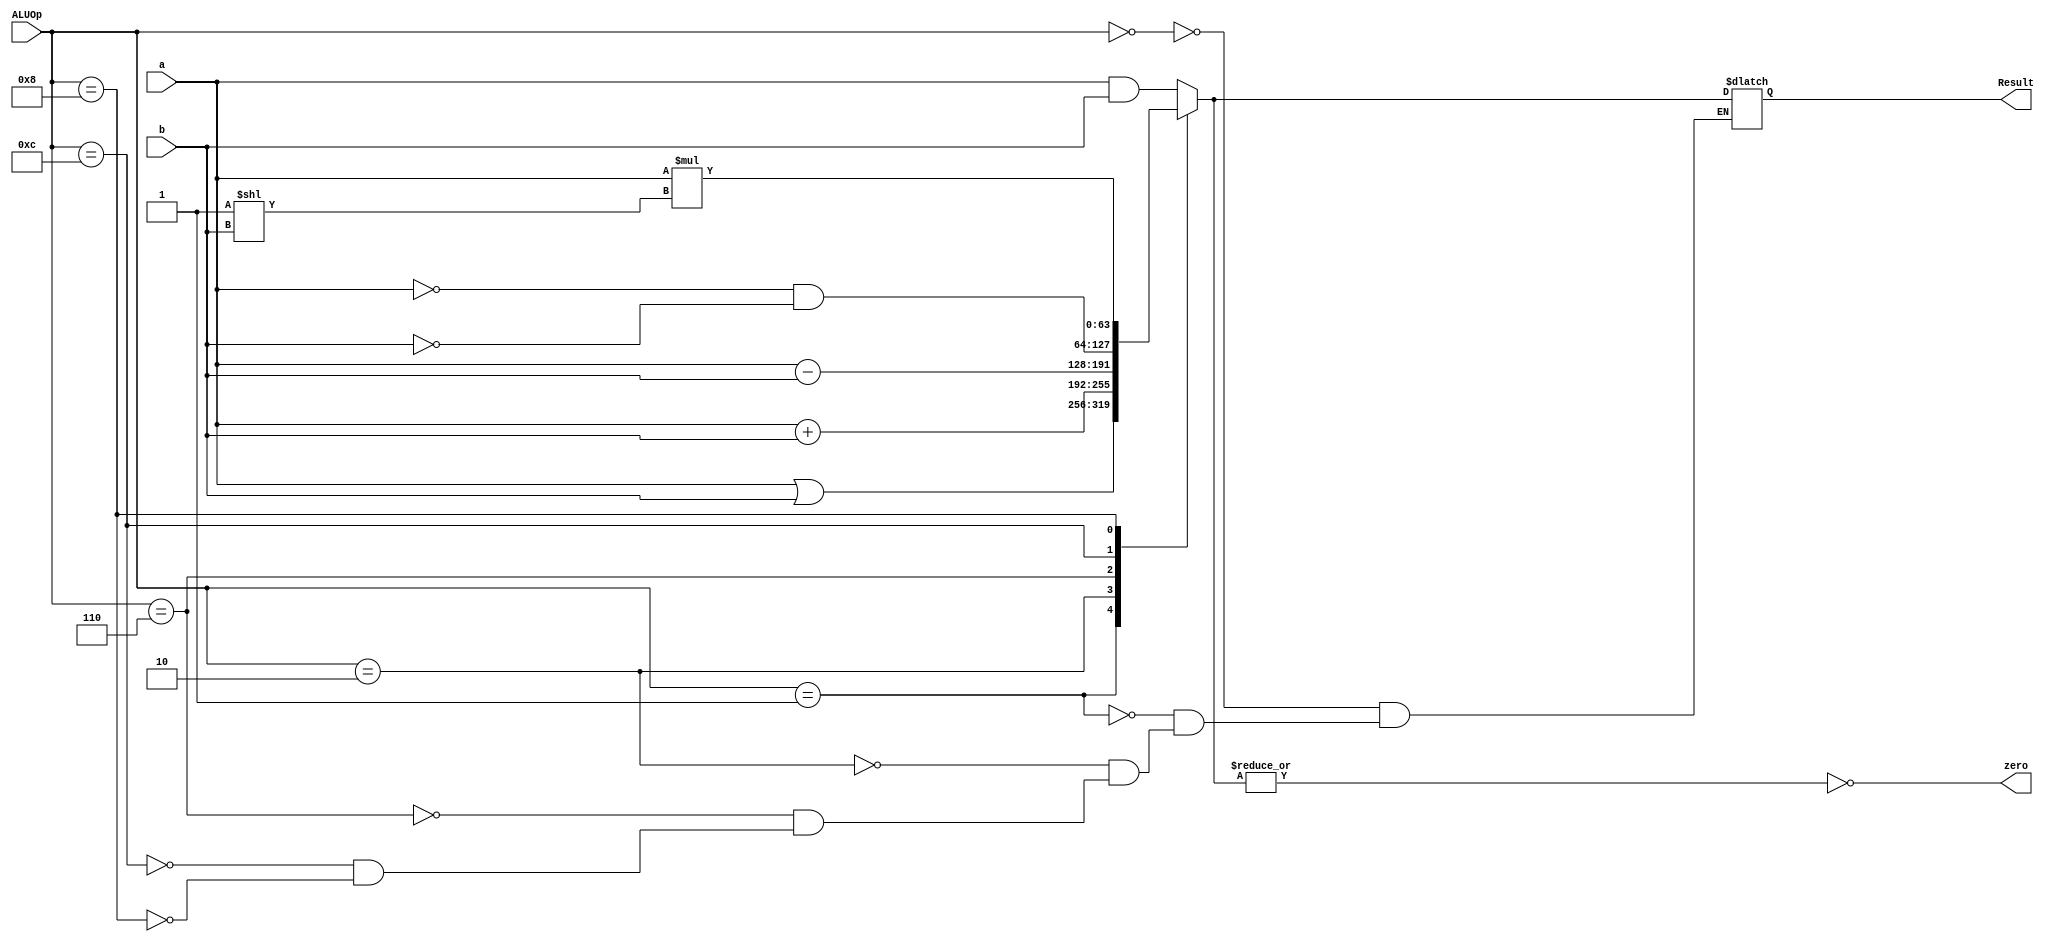
module ALU64(
 input [63:0] a,
 input [63:0] b,
 input [3:0] ALUOp,
 output reg [63:0] Result,
 output reg zero
);

always @(*)
begin
 case(ALUOp)
 4'b0000: // AND
 begin
 Result = a & b ;
 end

 4'b0001: // OR
 begin
 Result = a | b ;
 end
 4'b0010: // add
 begin
 Result = a + b;
 end

 4'b0110: // subtract
 begin
 Result = a - b;
 end

 4'b1100: // nor
 begin
 Result = ~a & ~b ;
 end
 
 4'b1000: // slli
 begin
 Result =  a * (2 ** b);
 end

 endcase

 // calculation for zero
 zero = ~(|Result) ; // take bitwise or all values in result and invert it

end
endmodule